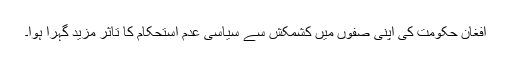
افغان حکومت کی اپنی صفوں میں کشمکش سے سیاسی عدم استحکام کا تاثر مزید گہرا ہوا۔